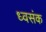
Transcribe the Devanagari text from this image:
ध्वसंक